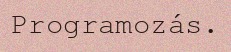
Programozás.